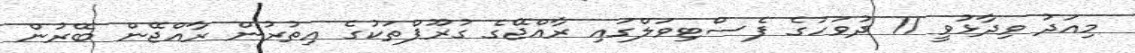
މިއަދު ވިދާޅުވީ 11 ދުވަހުގެ ފެސްޓިވަލްގައި ރާއްޖޭގެ ގުރޫޕްތަކުގެ އިތުރުން ރާއްޖޭން ބޭރުން